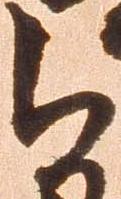
被